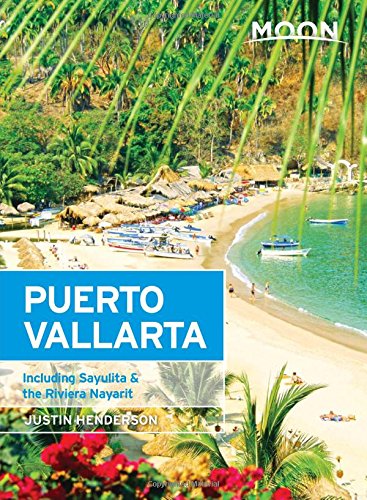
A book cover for Moon Puerto Vallarta: Including Sayulita & the Riviera Nayarit (Moon Handbooks); Justin Henderson; Travel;